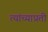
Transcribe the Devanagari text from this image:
त्यांच्याप्रती